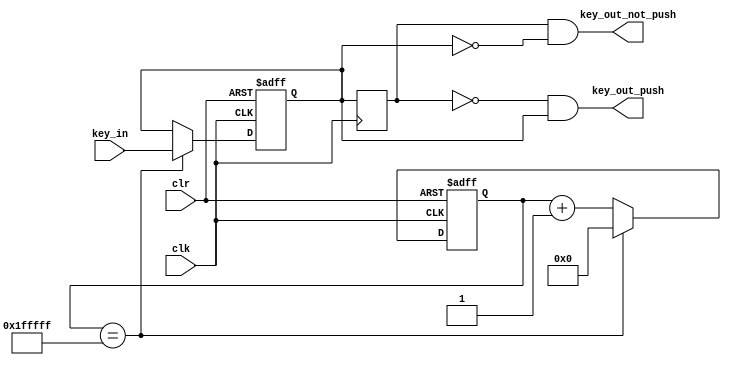
`timescale 1ns / 1ps
//////////////////////////////////////////////////////////////////////////////////
// Company: 
// Engineer: 
// 
// Design Name: 
// Module Name: Key5Scan
// Project Name: 
// Target Devices: 
// Tool Versions: 
// Description: 
// 
// Dependencies: 
// 
// Revision:
// Revision 0.01 - File Created
// Additional Comments:
// 
//////////////////////////////////////////////////////////////////////////////////


module Key5Scan(
	input wire clk,
	input wire clr,
	input wire [4:0] key_in,
	output wire [4:0] key_out_push,
	output wire [4:0] key_out_not_push
    );
	
	reg [4:0] key_scan,key_scan_before;
	//parameter Delay20ms = 21'd2000000;
	wire Delay20ms = 21'd2000000;
	reg [20:0] cnt20ms;
	
	always @(posedge clk or posedge clr) begin 
		if(1 == clr) begin
			cnt20ms <= 1'b0;
			key_scan <= 5'b00000;
		end else if (cnt20ms == (Delay20ms - 1'b1)) begin
			cnt20ms <= 1'b0;
			key_scan <= key_in;
		end else begin 
			cnt20ms <= cnt20ms + 1'b1;
		end 
	end 
	
	always @(posedge clk) begin 
		key_scan_before <= key_scan;
	end 
	
	assign key_out_push = (~key_scan_before[4:0]) & (key_scan[4:0]);
	assign key_out_not_push = (key_scan_before[4:0]) & (~key_scan[4:0]);
endmodule